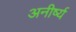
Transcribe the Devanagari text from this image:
अनीर्ष्य